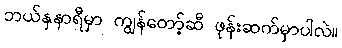
ဘယ်နှနာရီမှာ ကျွန်တော့်ဆီ ဖုန်းဆက်မှာပါလဲ။